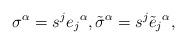
LaTeX: \begin{align*}\sigma^\alpha=s^je_j{}^\alpha,\tilde\sigma^\alpha=s^j\tilde e_j{}^\alpha,\end{align*}